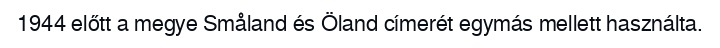
1944 előtt a megye Småland és Öland címerét egymás mellett használta.